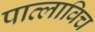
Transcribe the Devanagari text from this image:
पाव्लाविच